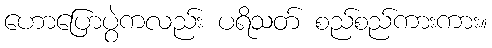
ဟောပြောပွဲကလည်း ပရိသတ် စည်စည်ကားကား။